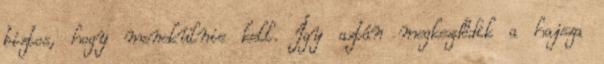
biztos, hogy menekülnie kell. Így aztán megkezdődik a hajsza